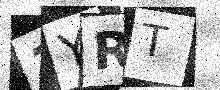
Text: 3YRT